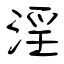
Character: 淫